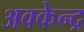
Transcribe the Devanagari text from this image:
अवकेन्द्र